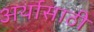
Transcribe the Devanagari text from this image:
अर्थासाठी